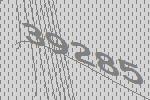
39285